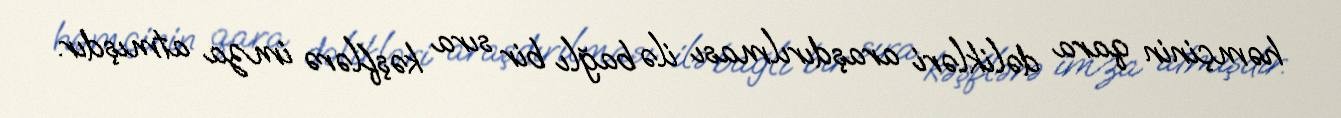
həmçinin qara dəlikləri araşdırılması ilə bağlı bir sıra kəşflərə imza atmışdır.